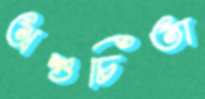
অশুচিতা